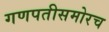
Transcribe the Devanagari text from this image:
गणपतीसमोरच